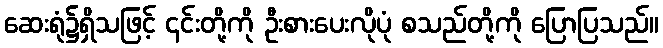
ဆေးရုံ၌ရှိသဖြင့် ၎င်းတို့ကို ဦးစားပေးလိုပုံ စသည်တို့ကို ပြောပြသည်။